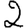
Digit: 2